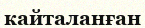
кайталанған